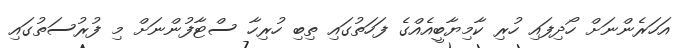
އަހަރެންނަށް ހޯދިފައި ހުރި ކާމިޔާބީއެއްގެ ފަހަތުގައި ތިބި ހުރިހާ ސްޓާފުންނަށް މި ފުރުސަތުގައި